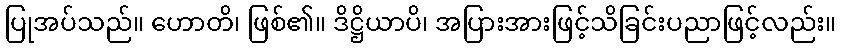
ပြုအပ်သည်။ ဟောတိ၊ ဖြစ်၏။ ဒိဋ္ဌိယာပိ၊ အပြားအားဖြင့်သိခြင်းပညာဖြင့်လည်း။